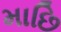
માછિ